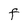
Character: F